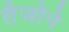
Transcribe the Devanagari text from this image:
तैजोने